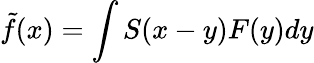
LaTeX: \tilde{f}(x)=\int S(x-y)F(y)dy